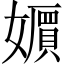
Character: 𡣧